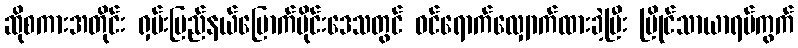
ဆိုစကားအတိုင်း ရှမ်းပြည်နယ်မြောက်ပိုင်းဒေသတွင် ဝင်ရောက်လျှောက်ထားခဲ့ပြီး မြိုင်သာယာရပ်ကွက်